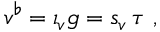
v ^ { \flat } = \iota _ { v } g = s _ { v } \, \tau \ ,